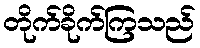
တိုက်ခိုက်ကြသည်